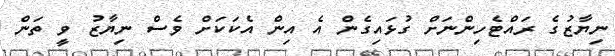
ނިޔާޒުގެ ރައްޓެހިންނަށް ގުޅައިގެން އެ އިން އެކަކަށް ވެސް ނިޔާޒު ވީ ތަން